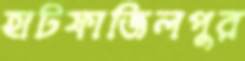
হাটফাজিলপুর